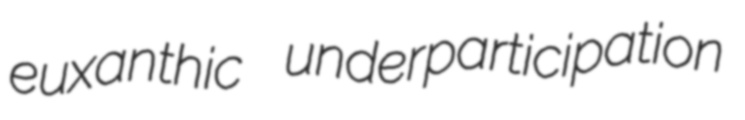
euxanthic underparticipation